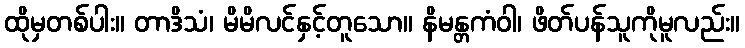
ထိုမှတစ်ပါး။ တာဒိသံ၊ မိမိလင်နှင့်တူသော။ နိမန္တကံဝါ၊ ဖိတ်ပန်သူကိုမူလည်း။